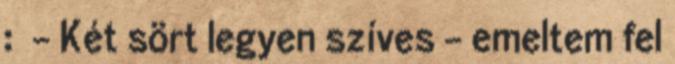
: - Két sört legyen szíves - emeltem fel